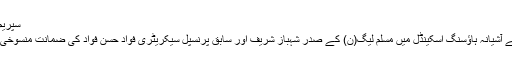
سپریم کورٹ: شہباز شریف، فواد حسن کی ضمانت منسوخی کی
سپریم کورٹ نے قومی احتساب بیورو (نیب) کی جانب سے آشیانہ ہاؤسنگ اسکینڈل میں مسلم لیگ(ن) کے صدر شہباز شریف اور سابق پرنسپل سیکریٹری فواد حسن فواد کی ضمانت منسوخی سے متعلق دائر درخواست سماعت کے لیے منظور کرلی۔